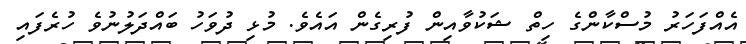
އެއްފަހަރު މުސްކާންގެ ހިތް ޝަކުވާއިން ފުރިގެން އައެވެ. މުޅި ދުވަހު ބައްދަލުނުވެ ހުރެފައި